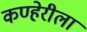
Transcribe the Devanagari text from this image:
कण्हेरीला